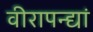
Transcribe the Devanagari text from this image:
वीरापन्द्यां